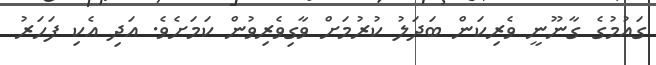
ގައުމުގެ ގާނޫނީ ވެރިކަން ބަދަލު ކުރުމަށް ވާގިވެރިވުން ކަމަށެވެ. އަދި އެކި ފަހަރު